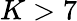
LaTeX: K>7